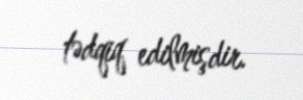
tədqiq edilmişdir.